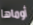
أوماها